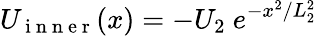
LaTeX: U_{\mathrm{~i~n~n~e~r~}}(x)=-U_{2}\ e^{-x^{2}/L_{2}^{2}}